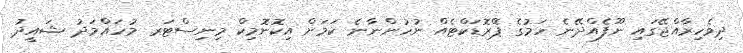
ދިވެހިރާާއްޖޭގައި ނޫފެއްދޭނެ ހަމުގެ ޕްެރޮޑަކްޓެއް ނުހުންނާނެ ކަމަށް އިކޮނޮމިކް މިނިސްޓަރ މުހައްމަދު ޝައީދު